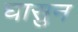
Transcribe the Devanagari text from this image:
घासुन